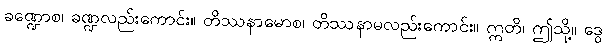
ခဏ္ဍောစ၊ ခဏ္ဍလည်းကောင်း။ တိဿနာမောစ၊ တိဿနာမလည်းကောင်း။ ဣတိ၊ ဤသို့။ ဒွေ